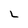
Character: L